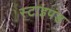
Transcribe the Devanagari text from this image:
स्टाइपंड